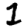
Digit: 1